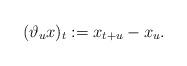
LaTeX: \begin{align*}(\vartheta_u x)_t := x_{t+u} - x_u. \end{align*}